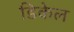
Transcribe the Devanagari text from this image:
डिकेल